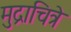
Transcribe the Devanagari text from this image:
मुद्राचित्रे